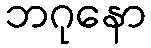
ဘဂုနော